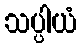
သပ္ပါယံ